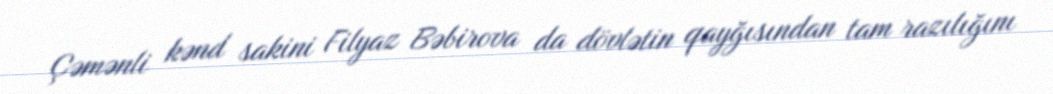
Çəmənli kənd sakini Filyaz Bəbirova da dövlətin qayğısından tam razılığını